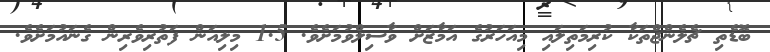
ބޮޑެތި ޗެލެންޖްތަކާ ކުރިމަތިލައި މިއަހަރުގެ އަމާޒަށް ވާސިލްވުމަށެވެ. 1.5 މިލިއަން ފަތުރިވެރިން ގެނައުމަށެވެ.